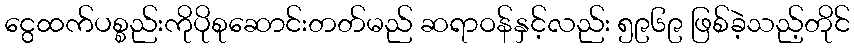
ငွေထက်ပစ္စည်းကိုပိုစုဆောင်းတတ်မည် ဆရာဝန်နှင့်လည်း ၅၉၆၉ ဖြစ်ခဲ့သည့်တိုင်